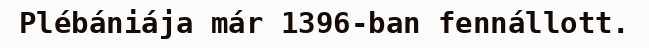
Plébániája már 1396-ban fennállott.